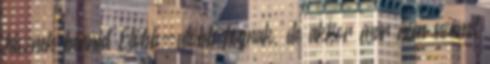
hisznek benned Előbb-utóbb fognak, de akkor már nem számít